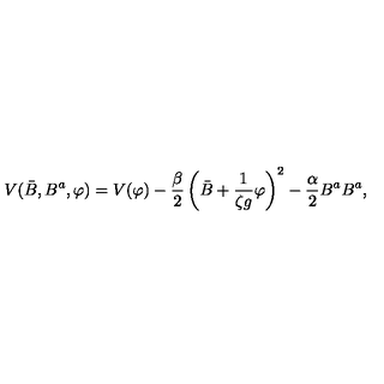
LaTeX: V ( \bar { B } , B ^ { a } , \varphi ) = V ( \varphi ) - \frac { \beta } { 2 } \left( \bar { B } + { \frac { 1 } { \zeta g } } \varphi \right) ^ { 2 } - \frac { \alpha } { 2 } B ^ { a } B ^ { a } ,